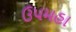
ઉપમહા